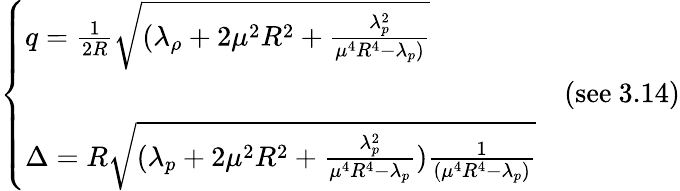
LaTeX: \left\{ \begin{array}{llr}{{q=\frac{1}{2R}\sqrt{(\lambda_{\rho}+2\mu^{2}R^{2}+\frac{\lambda_{p}^{2}}{\mu^{4}R^{4}-\lambda_{p})}}}}&{{}}\\ {{}}&{{\mathrm{(see~3.14)}}}\\ {{\Delta=R\sqrt{(\lambda_{p}+2\mu^{2}R^{2}+\frac{\lambda_{p}^{2}}{\mu^{4}R^{4}-\lambda_{p}})\frac{1}{(\mu^{4}R^{4}-\lambda_{p})}}}}&{{}}\end{array}\right.